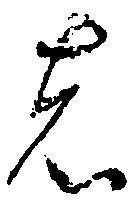
者